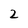
Character: 2